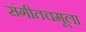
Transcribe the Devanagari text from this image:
संगीतचमूला